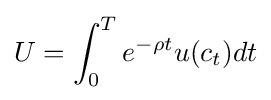
U=\int _{0}^{T}e^{-\rho t}u(c_{t})dt